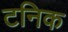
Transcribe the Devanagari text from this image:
टनिक